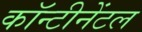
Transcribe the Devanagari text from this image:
कॉन्टीनेंटल